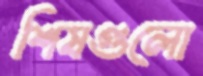
শিষগুলো